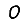
Digit: 0